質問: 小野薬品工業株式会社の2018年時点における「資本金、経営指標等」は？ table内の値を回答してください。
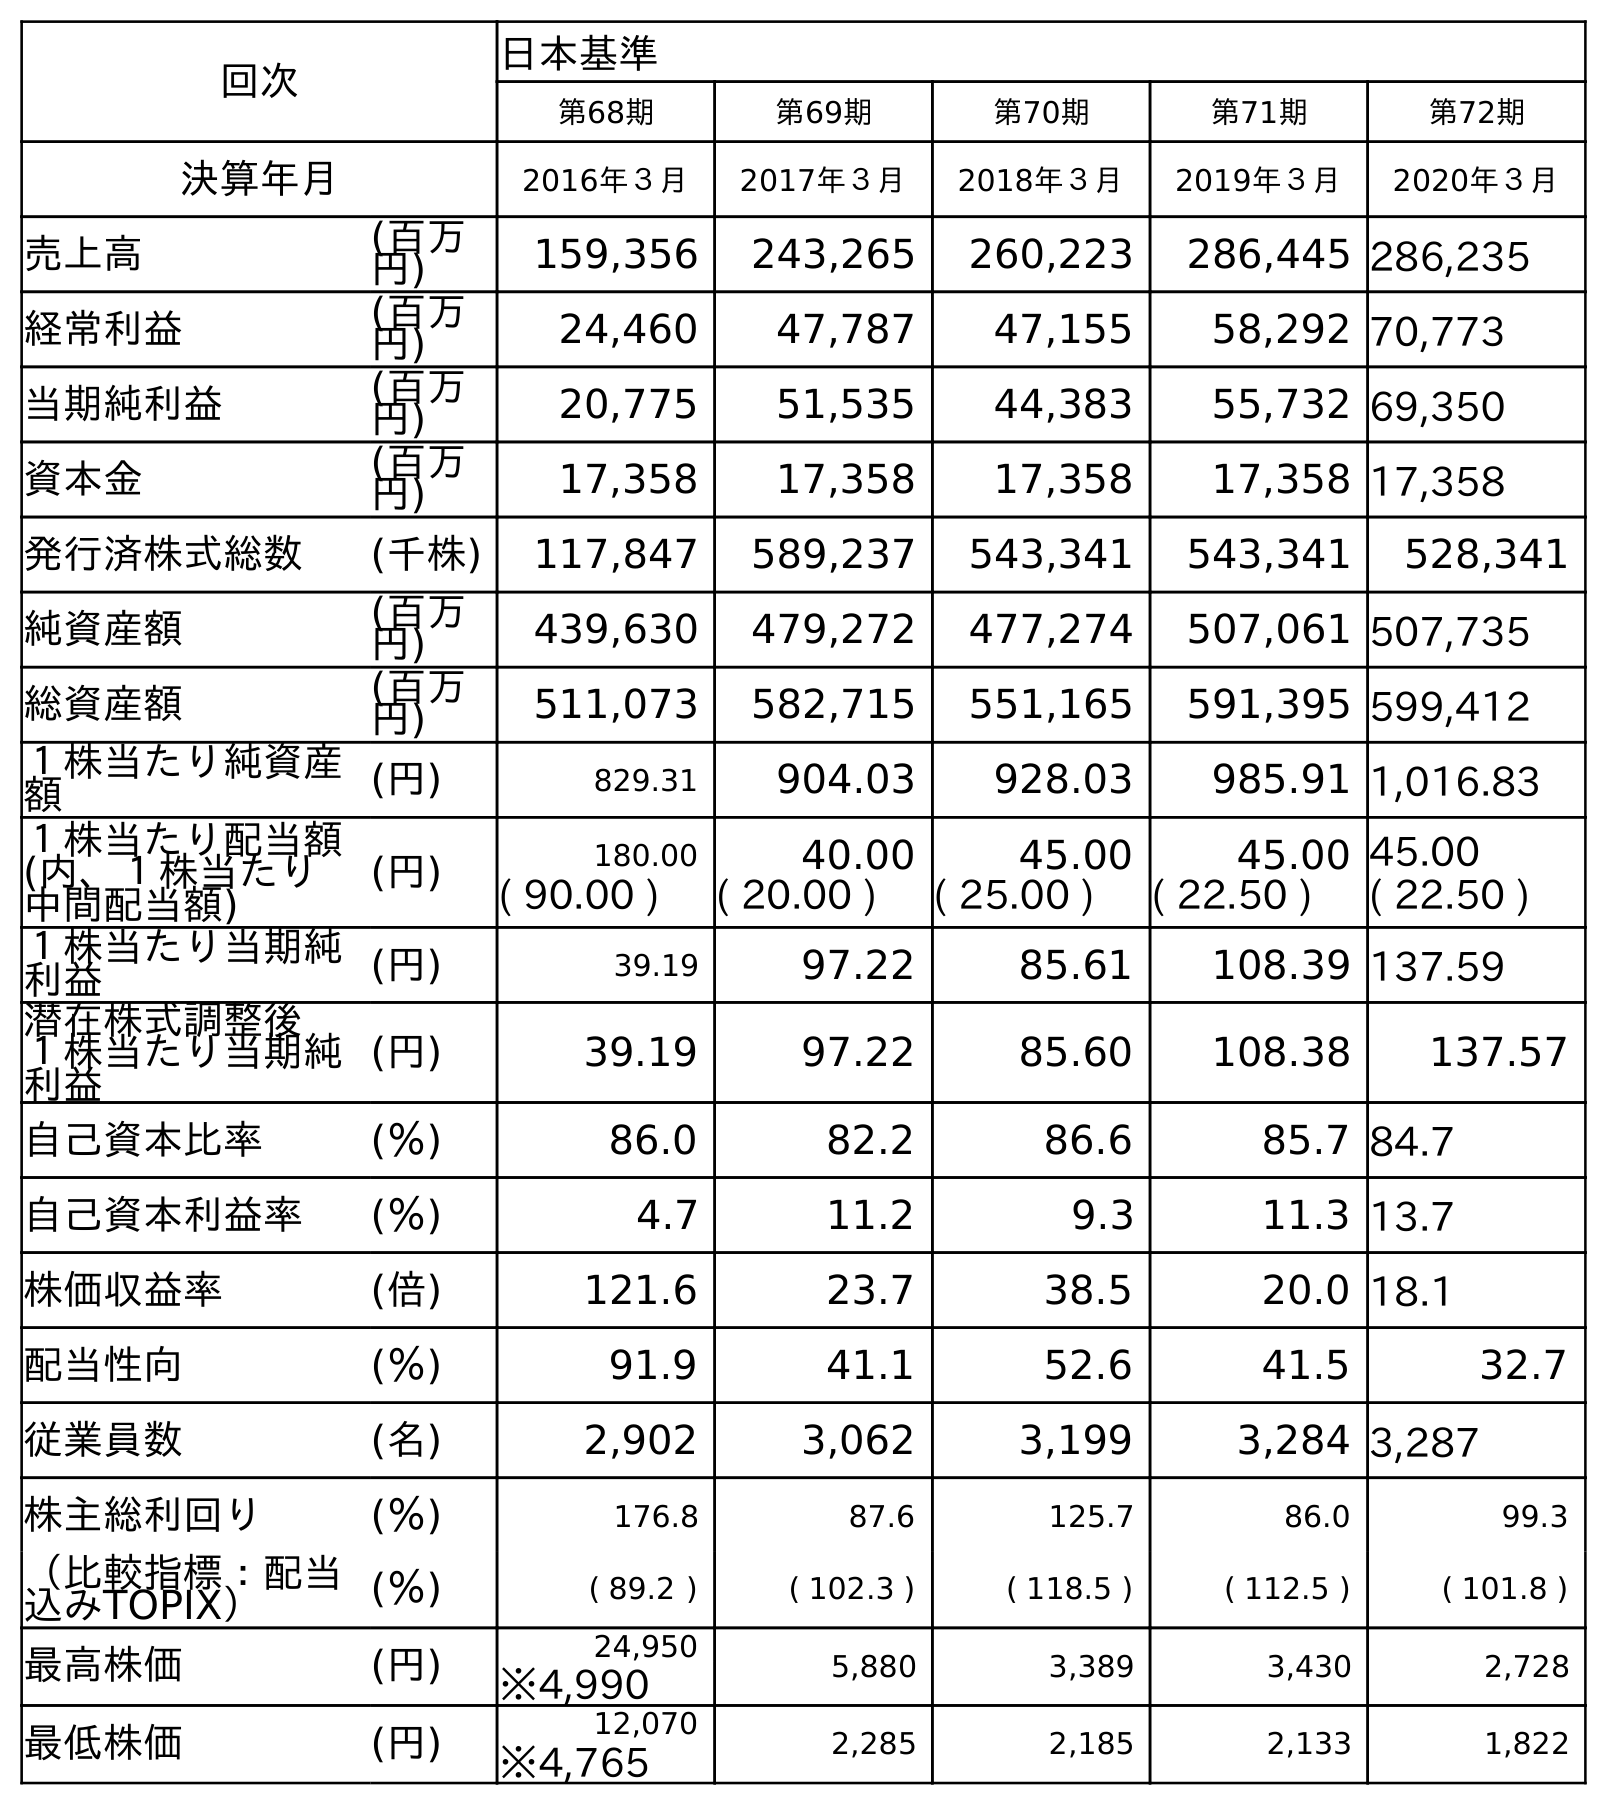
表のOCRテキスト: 回次 日本基準 第68期 第69期 第70期 第71期 第72期 決算年月 2016年３月 2017年３月 2018年３月 2019年３月 2020年３月 売上高 (百万 円) 159,356 243,265 260,223 286,445 286,235 経常利益 (百万 円) 24,460 47,787 47,155 58,292 70,773 当期純利益 (百万 円) 20,775 51,535 44,383 55,732 69,350 資本金 (百万 円) 17,358 17,358 17,358 17,358 17,358 発行済株式総数 (千株) 117,847 589,237 543,341 543,341 528,341 純資産額 (百万 円) 439,630 479,272 477,274 507,061 507,735 総資産額 (百万 円) 511,073 582,715 551,165 591,395 599,412 １株当たり純資産 額 (円) 829.31 904.03 928.03 985.91 1,016.83 １株当たり配当額 (内、１株当たり 中間配当額) (円) 180.00 40.00 45.00 45.00 45.00 ( 90.00 ) ( 20.00 ) ( 25.00 ) ( 22.50 ) ( 22.50 ) １株当たり当期純 利益 (円) 39.19 97.22 85.61 108.39 137.59 潜在株式調整後 １株当たり当期純 利益 (円) 39.19 97.22 85.60 108.38 137.57 自己資本比率 (％) 86.0 82.2 86.6 85.7 84.7 自己資本利益率 (％) 4.7 11.2 9.3 11.3 13.7 株価収益率 (倍) 121.6 23.7 38.5 20.0 18.1 配当性向 (％) 91.9 41.1 52.6 41.5 32.7 従業員数 (名) 2,902 3,062 3,199 3,284 3,287 株主総利回り (％) 176.8 87.6 125.7 86.0 99.3 （比較指標：配当 込みTOPIX） (％) ( 89.2 ) ( 102.3 ) ( 118.5 ) ( 112.5 ) ( 101.8 ) 最高株価 (円) 24,950 5,880 3,389 3,430 2,728 ※4,990 最低株価 (円) 12,070 2,285 2,185 2,133 1,822 ※4,765
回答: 17,358